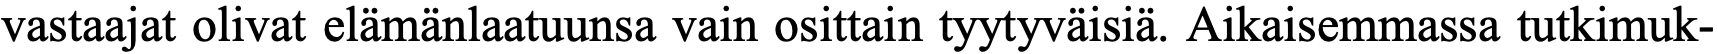
vastaajat olivat elämänlaatuunsa vain osittain tyytyväisiä. Aikaisemmassa tutkimuk-